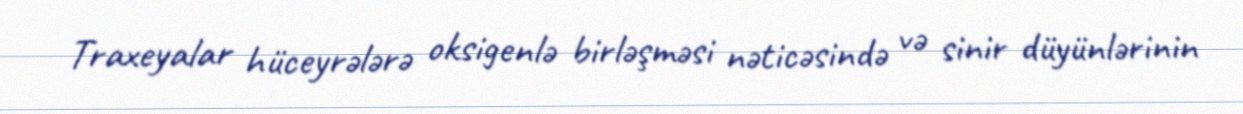
Traxeyalar hüceyrələrə oksigenlə birləşməsi nəticəsində və sinir düyünlərinin